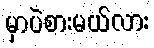
မှာပဲစားမယ်လား